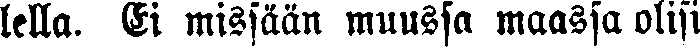
lella. Ei missään muussa maassa olisi